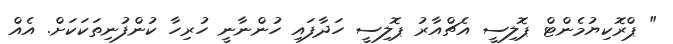
" ޕްރޮކިޔުމެންޓް ޕޮލިސީ އެޗްއާރު ޕޮލިސީ ހަދާފައި ހުންނާނީ ހުރިހާ ކުންފުނިތަކަކަށް. އެއް